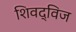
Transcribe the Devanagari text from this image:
शिवद्विज